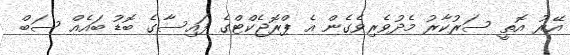
އޭރު އޮތީ ސަރުކާރު މެދުވެރިވެގެން އެ ޕްރޮޖެކްޓްގެ ފައިސާގެ ބޮޑު ބައެއް ސަބް